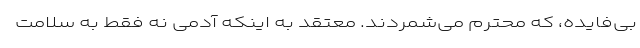
بی‌فایده، که محترم می‌شمردند. معتقد به اینکه آدمی نه فقط به سلامت